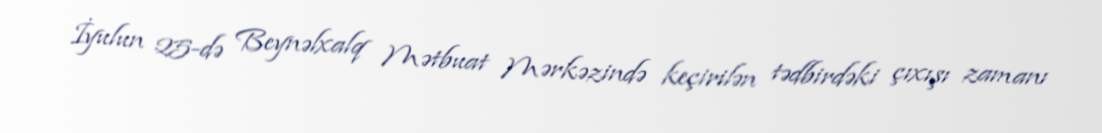
İyulun 25-də Beynəlxalq Mətbuat Mərkəzində keçirilən tədbirdəki çıxışı zamanı